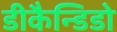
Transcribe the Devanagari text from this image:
डीकैन्डिडो